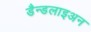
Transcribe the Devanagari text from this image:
डैन्डलाइअन